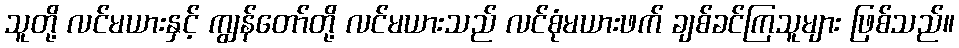
သူတို့ လင်မယားနှင့် ကျွန်တော်တို့ လင်မယားသည် လင်စုံမယားဖက် ချစ်ခင်ကြသူများ ဖြစ်သည်။